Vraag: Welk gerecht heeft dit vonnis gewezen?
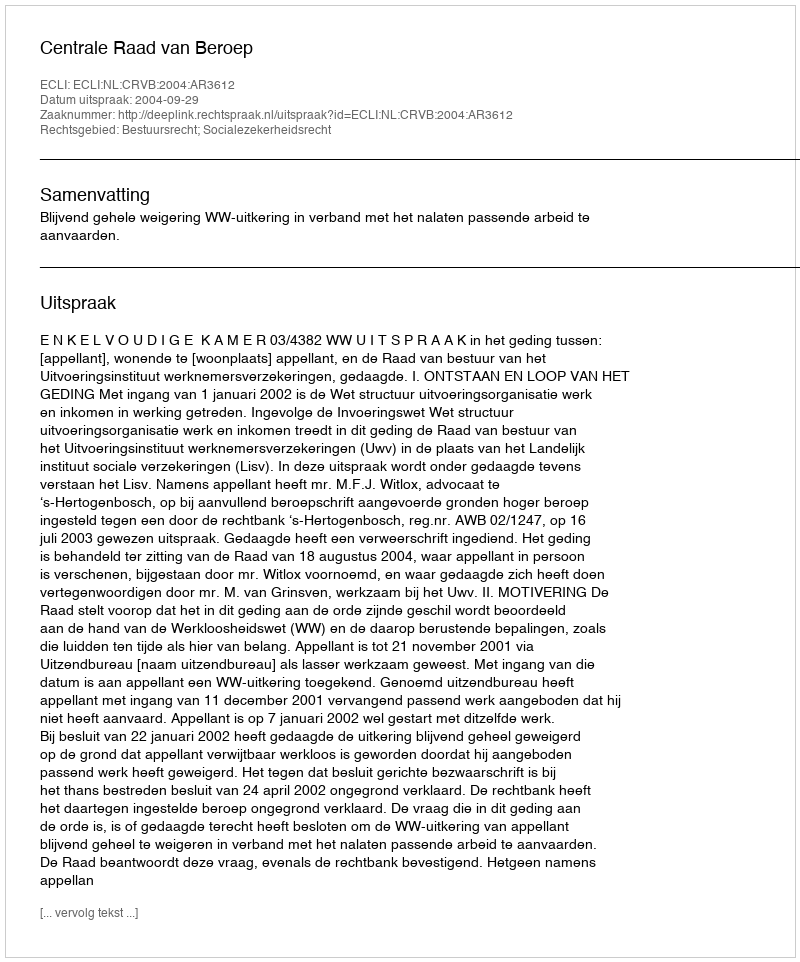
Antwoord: Centrale Raad van Beroep